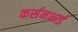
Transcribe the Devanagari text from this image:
कर्सनभाई